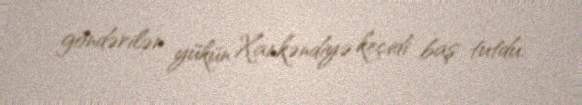
göndərilən yükün Xankəndiyə keçidi baş tutdu.